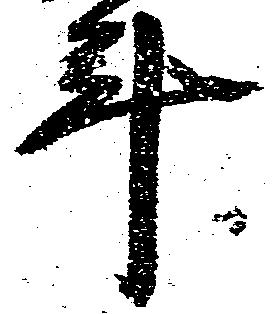
年